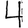
Digit: 4